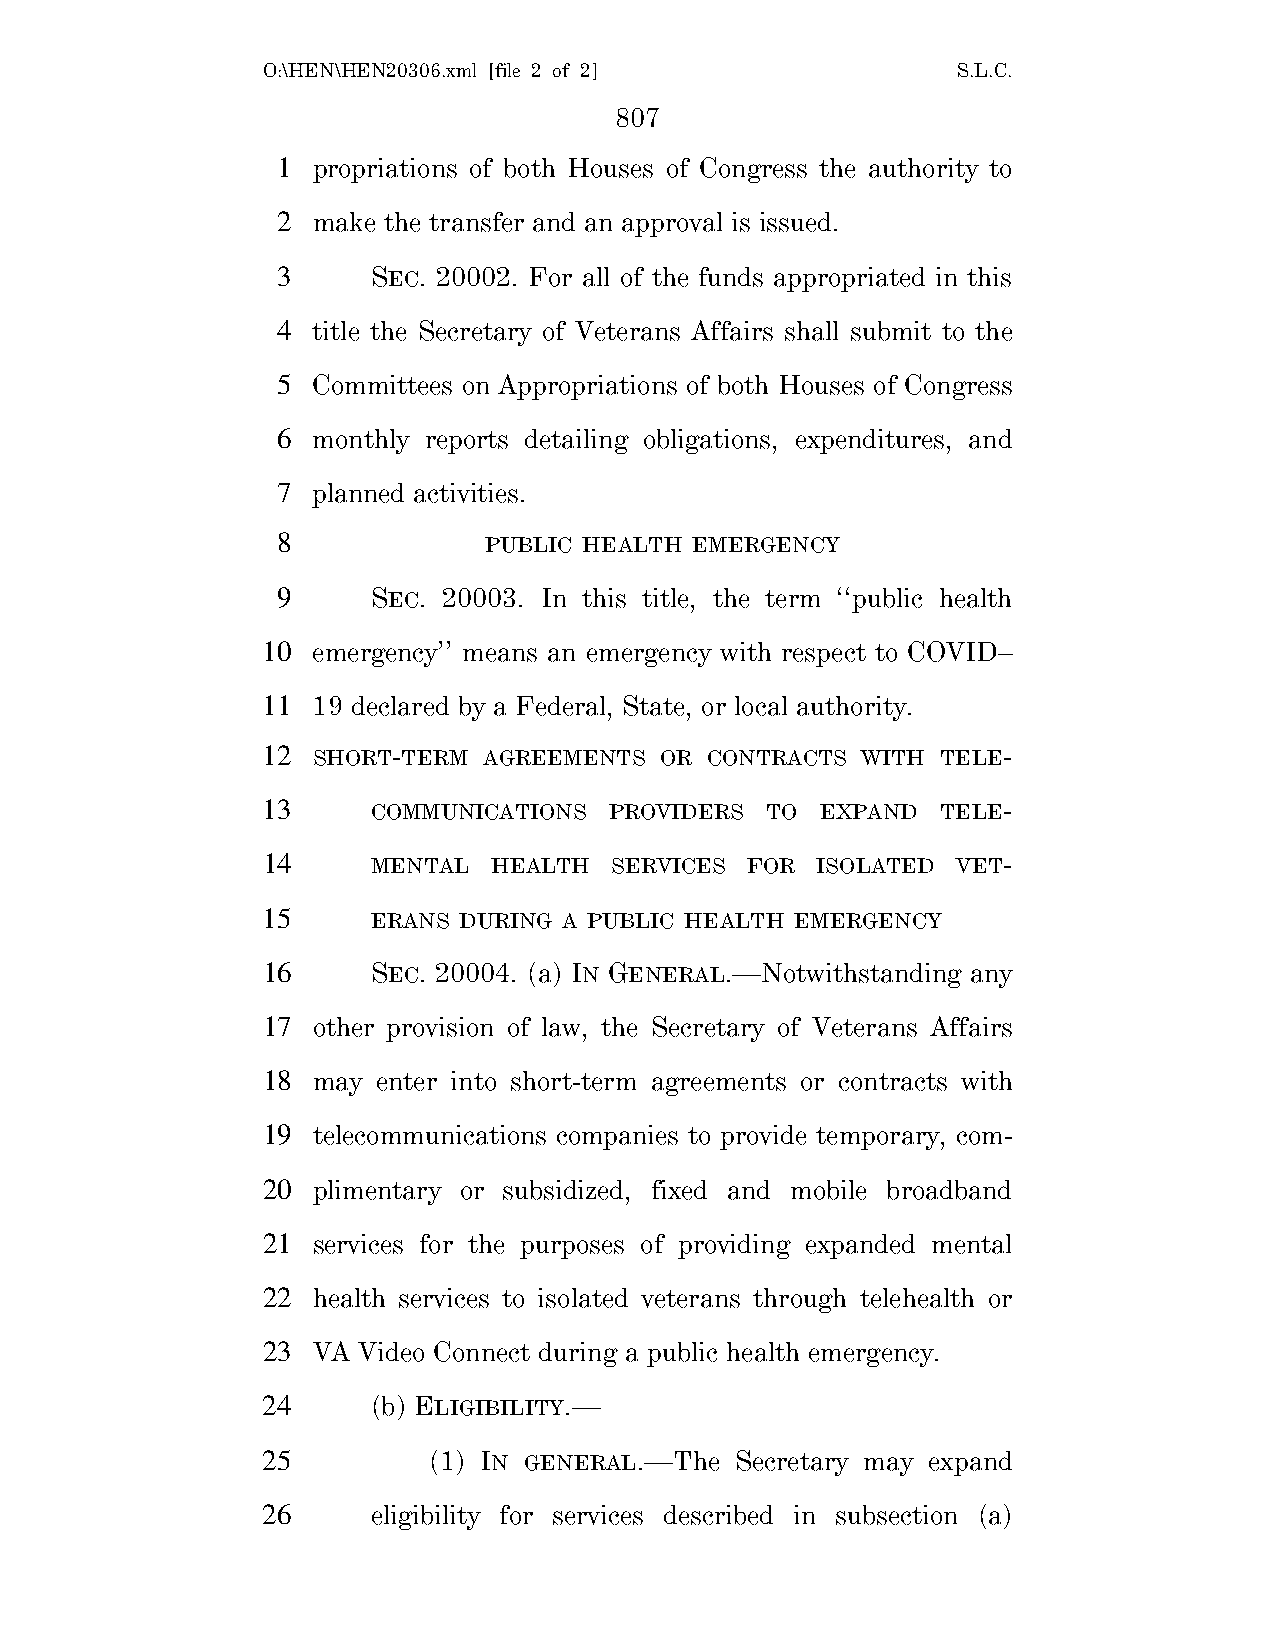
O:\HEN\HEN20306.xml [file 2 of 2]             S.L.C.
 807
 1  propriations of both Houses of Congress the authority to
 2  make the transfer and an approval is issued.
 3      SEC. 20002. For all of the funds appropriated in this
 4  title the Secretary of Veterans Affairs shall submit to the
 5  Committees on Appropriations of both Houses of Congress
 6  monthly reports detailing obligations, expenditures, and
 7  planned activities.
 8             PUBLIC HEALTH EMERGENCY
 9      SEC. 20003. In this title, the term ‘‘public health
 10  emergency’’ means an emergency with respect to COVID–
 11  19 declared by a Federal, State, or local authority.
 12  SHORT-TERM AGREEMENTS  OR CONTRACTS WITH TELE-
 13      COMMUNICATIONS PROVIDERS  TO EXPAND  TELE-
 14      MENTAL  HEALTH  SERVICES FOR ISOLATED VET-
 15      ERANS DURING A PUBLIC HEALTH EMERGENCY
 16      SEC. 20004. (a) IN GENERAL.—Notwithstanding any
 17  other provision of law, the Secretary of Veterans Affairs
 18  may enter into short-term agreements or contracts with
 19  telecommunications companies to provide temporary, com-
 20  plimentary or subsidized, fixed and mobile broadband
 21  services for the purposes of providing expanded mental
 22  health services to isolated veterans through telehealth or
 23  VA Video Connect during a public health emergency.
 24      (b) ELIGIBILITY.—
 25         (1) IN GENERAL.—The  Secretary may expand
 26      eligibility for services described in subsection (a)